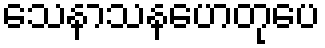
သေနာသနဟေတုပေ